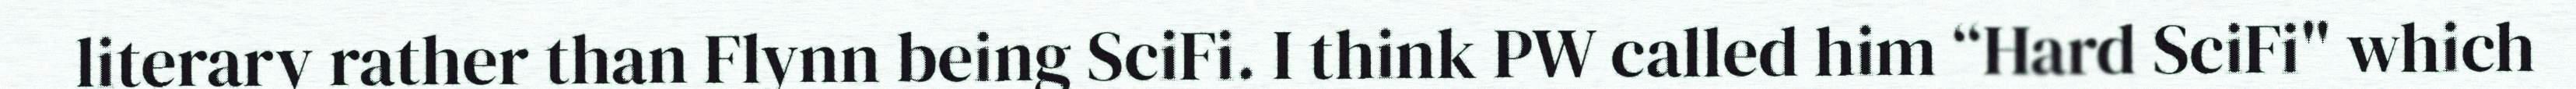
literary rather than Flynn being SciFi. I think PW called him “Hard SciFi" which